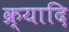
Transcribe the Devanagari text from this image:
क्र्यादि